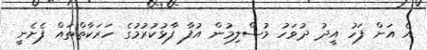
އެ އަށް ފަހު އީދު ދުވަހު މުސްލިމުން އުފާ ފާޅުކުރުމުގެ ހަރަކާތްތައް ފެށެނީ